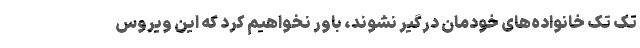
تک تک خانواده‌های خودمان درگیر نشوند، باور نخواهیم کرد که این ویروس